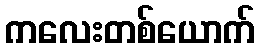
ကလေးတစ်ယောက်